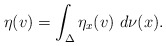
\begin{align*}\eta(v) = \int_{\Delta} \eta_{x}(v) \ d\nu(x).\end{align*}